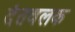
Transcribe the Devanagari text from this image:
दंतवलक